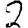
Digit: 2